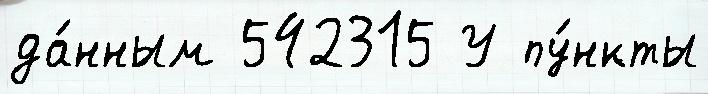
да́нным 542315 У пу́нкты